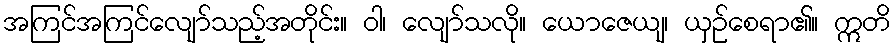
အကြင်အကြင်လျော်သည့်အတိုင်း။ ဝါ၊ လျော်သလို။ ယောဇေယျ၊ ယှဉ်စေရာ၏။ ဣတိ